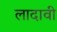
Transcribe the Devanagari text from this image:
लादावी